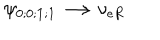
LaTeX: \psi _ { 0 ; 0 ; { \mathbf 1 } ; { \mathbf 1 } } \longrightarrow \nu _ { e R } \hspace { 6 . 0 c m }